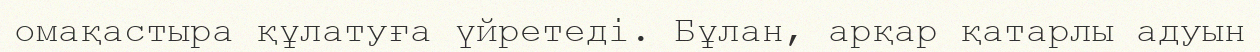
омақастыра құлатуға үйретеді. Бұлан, арқар қатарлы адуын